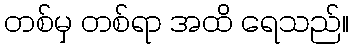
တစ်မှ တစ်ရာ အထိ ရေသည်။